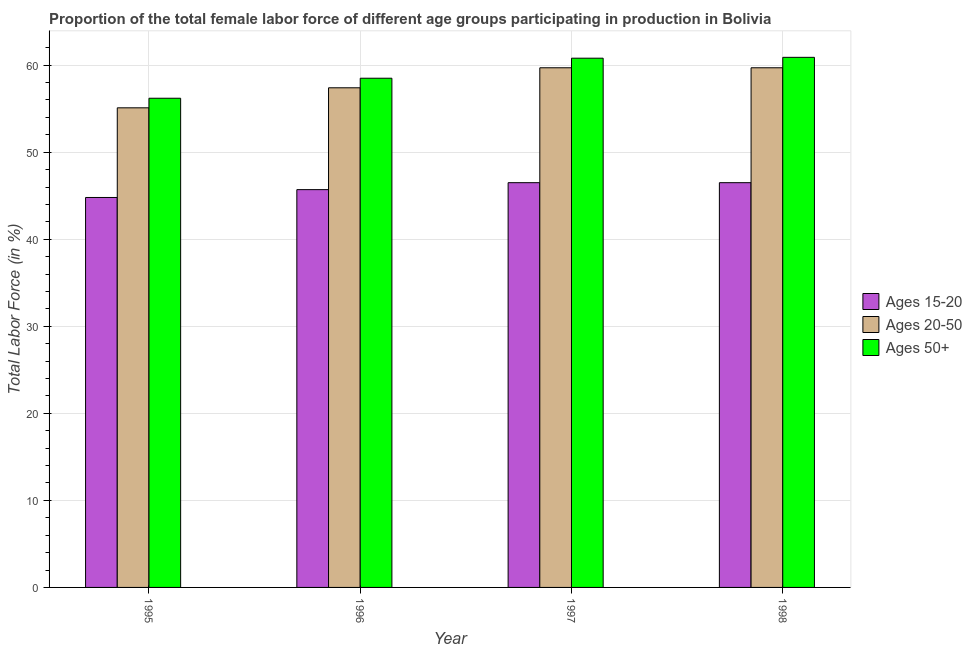
| Year | Ages 15-20 | Ages 20-50 | Ages 50+ |
 | --- | --- | --- | --- |
 | 1995 | 44.8 | 55.1 | 56.2 |
 | 1996 | 45.7 | 57.4 | 58.5 |
 | 1997 | 46.5 | 59.7 | 60.8 |
 | 1998 | 46.5 | 59.7 | 60.9 |